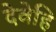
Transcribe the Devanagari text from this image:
देवेहि